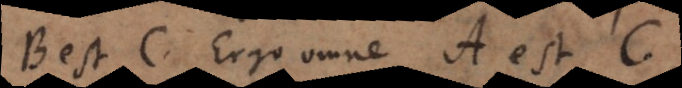
B est C. Ergo omne A est C,